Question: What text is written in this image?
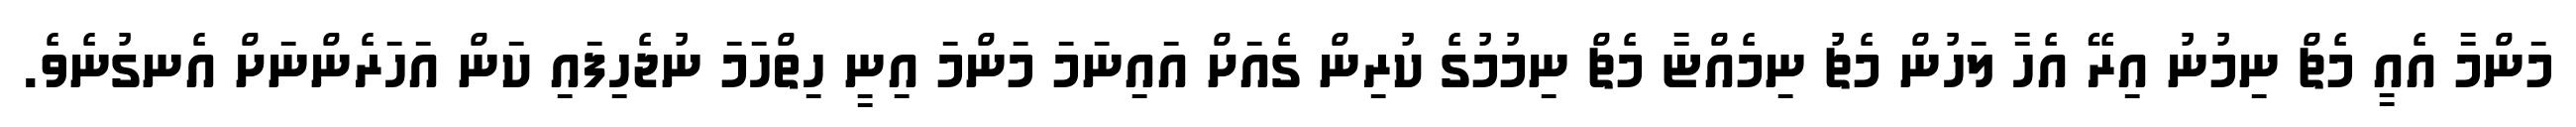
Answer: މަންމާ އެއީ މެޗް ނިމުނު އިރޭ އެހާ ލަހުން މެޗު ނިމެއްޏާ މެޗް ނިމުމުގެ ކުރިން ގެއަށް އައިނަމަ މަންމަ އިނީ ހިތްހަމަ ނުޖެހިފައި ކަން އަހަރެންނަށް އެނގުނެވެ.